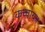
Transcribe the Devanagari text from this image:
कच्चायन